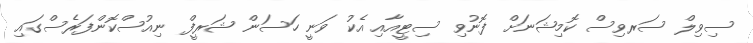
ސިވިލް ސަރވިސް ކޮމިޝަނަށް ފޮނުވި ސިޓީއާއި އެކު ވަނީ ހަސަން ޝަރީފް ނިއުސްކޮންފަރެސްގައި